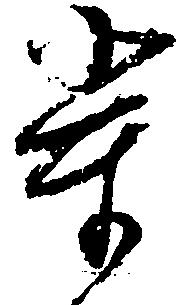
輩